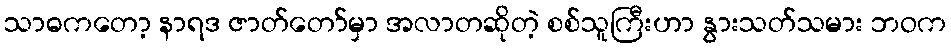
သာဓကတော့ နာရဒ ဇာတ်တော်မှာ အလာတဆိုတဲ့ စစ်သူကြီးဟာ နွားသတ်သမား ဘဝက